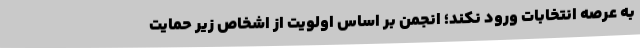
به عرصه انتخابات ورود نکند؛ انجمن بر اساس اولویت از اشخاص زیر حمایت